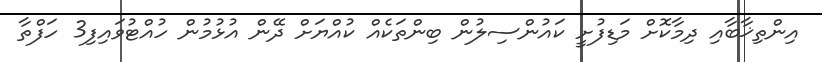
އިންތިޚާބާއި ދިމާކޮށް މަޑިފުށީ ކައުންސިލުން ބިންތަކެއް ކުއްޔަށް ދޭން އުޅުމުން ހުއްޓުވައިފި3 ހަފްތާ